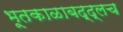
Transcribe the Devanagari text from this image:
भूतकाळाबद्द्लच